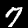
Label: 7